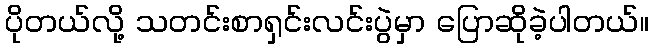
ပိုတယ်လို့ သတင်းစာရှင်းလင်းပွဲမှာ ပြောဆိုခဲ့ပါတယ်။